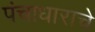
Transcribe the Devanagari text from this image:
पंचाधाराचे